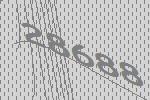
28688